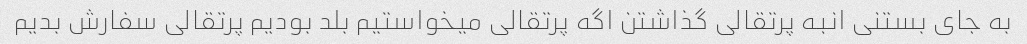
به جای بستنی انبه پرتقالی گذاشتن اگه پرتقالی میخواستیم بلد بودیم پرتقالی سفارش بدیم